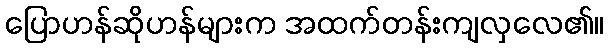
ပြောဟန်ဆိုဟန်များက အထက်တန်းကျလှလေ၏။